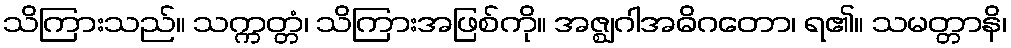
သိကြားသည်။ သက္ကတ္တံ၊ သိကြားအဖြစ်ကို။ အဇ္ဈဂါအဓိဂတော၊ ရ၏။ သမတ္တာနိ၊